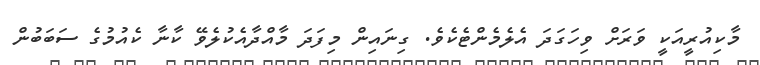
މާކިއުރީއަކީ ވަރަށް ވިހަގަދަ އެލެމެންޓެކެވެ. ގިނައިން މިފަދަ މާއްދާއެކުލެވޭ ކާނާ ކެއުމުގެ ސަބަބުން